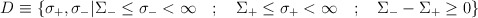
\begin{align*}D \equiv \left \{ \sigma_{+}, \sigma_{-} \vert \Sigma_{-}\le \sigma_{-} < \infty \quad ; \quad\Sigma_{+} \le \sigma_{+} < \infty \quad ; \quad \Sigma_{-} - \Sigma_{+}\ge 0 \right \}\end{align*}